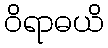
ဝိရာဓယိ